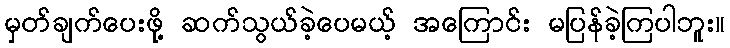
မှတ်ချက်ပေးဖို့ ဆက်သွယ်ခဲ့ပေမယ့် အကြောင်း မပြန်ခဲ့ကြပါဘူး။